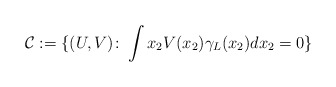
\begin{align*}\mathcal{C}:=\{(U,V)\colon\int x_2V(x_2)\gamma_L(x_2)dx_2=0\}\end{align*}